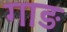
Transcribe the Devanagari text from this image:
गाङ